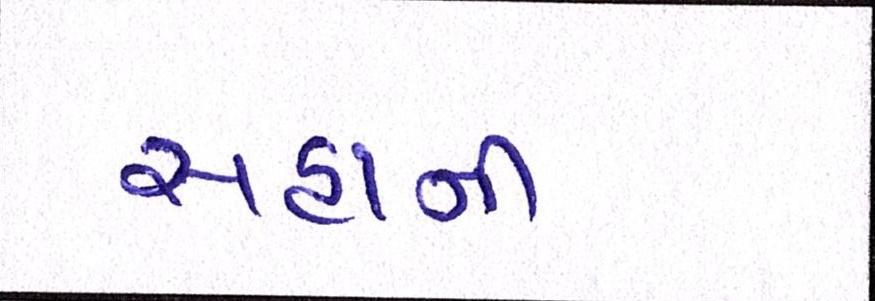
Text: સહાની